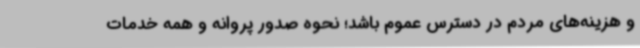
و هزینه‌های مردم در دسترس عموم باشد؛ نحوه صدور پروانه و همه خدمات